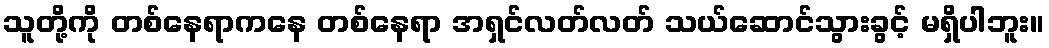
သူတို့ကို တစ်နေရာကနေ တစ်နေရာ အရှင်လတ်လတ် သယ်ဆောင်သွားခွင့် မရှိပါဘူး။